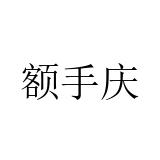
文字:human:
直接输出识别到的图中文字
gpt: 额手庆